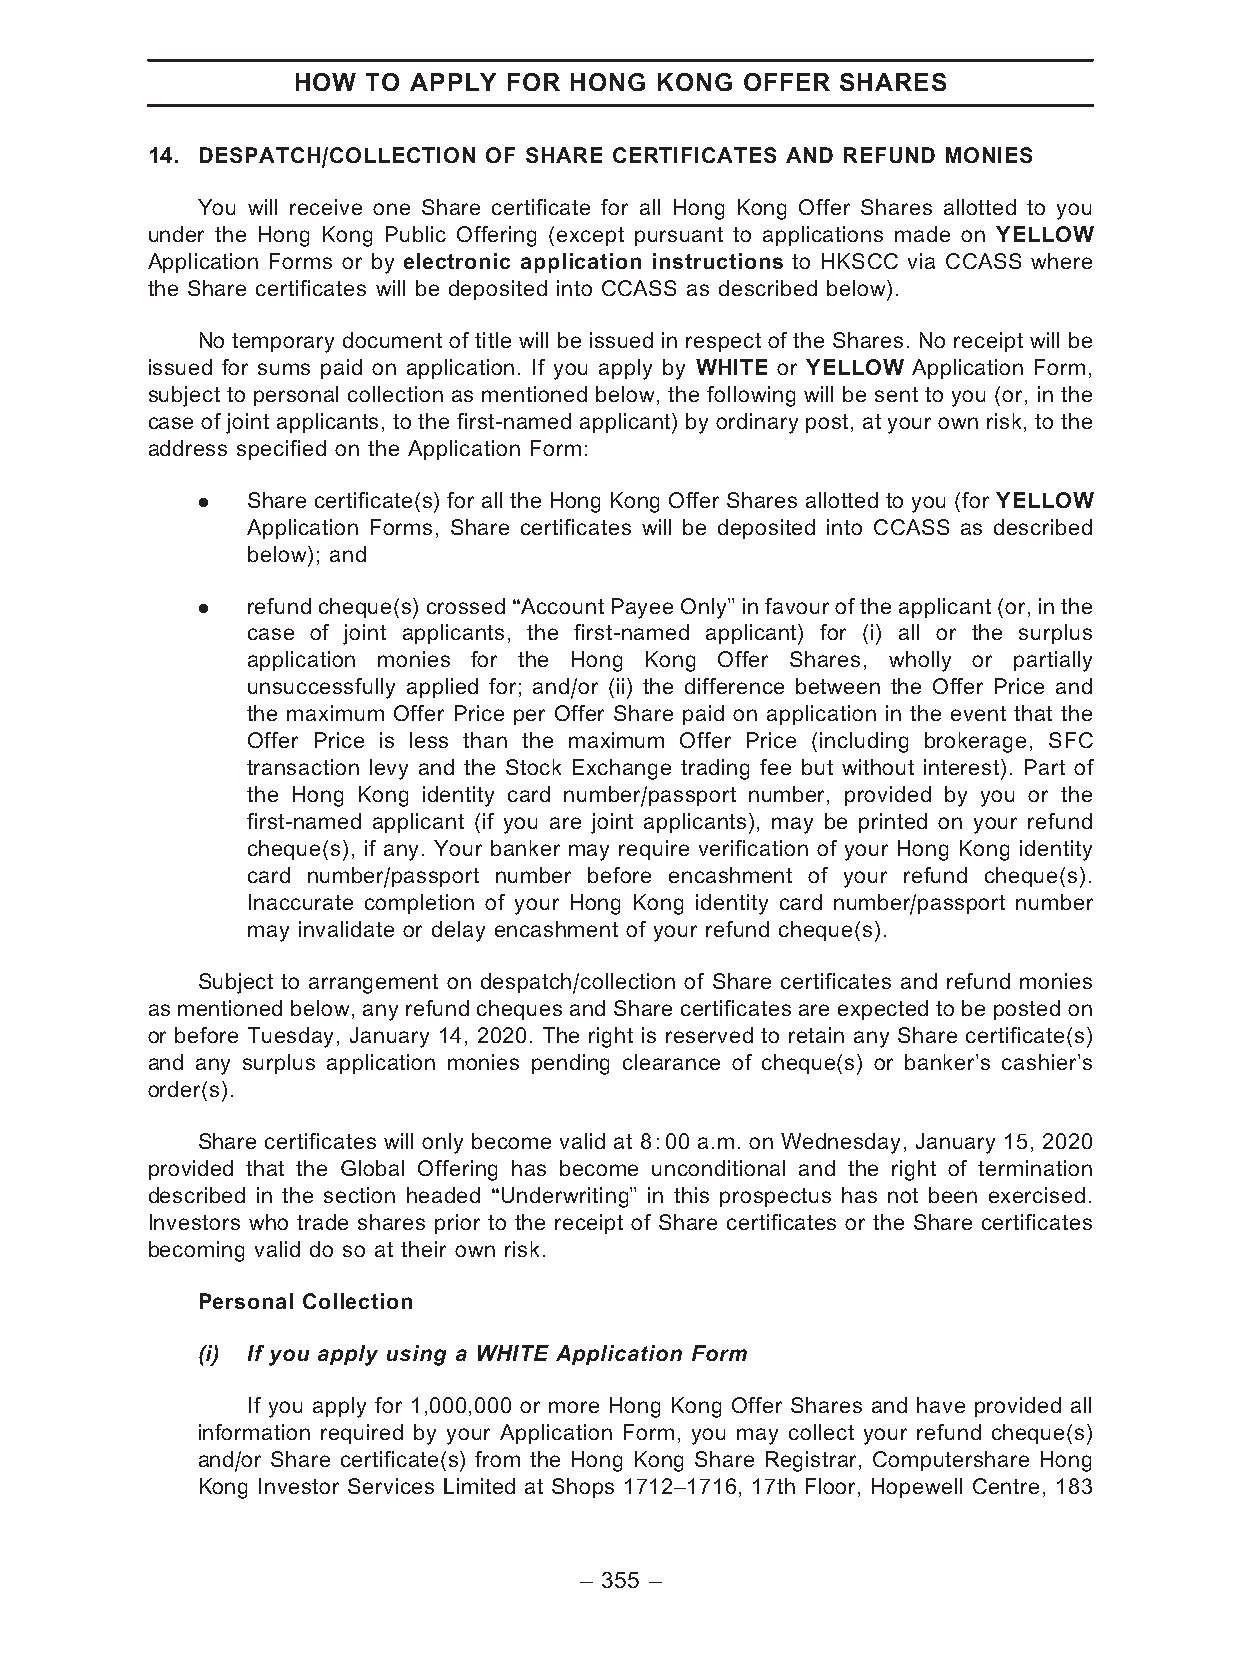
HOW  TO APPLY FOR  HONG KONG  OFFER  SHARES
 14. DESPATCH/COLLECTION OF SHARE CERTIFICATES AND REFUND MONIES
 You will receive one Share certificate for all Hong Kong Offer Shares allotted to you
 under the Hong Kong Public Offering (except pursuant to applications made on YELLOW
 Application Forms or by electronic application instructions to HKSCC via CCASS where
 the Share certificates will be deposited into CCASS as described below).
 No temporary document of title will be issued in respect of the Shares. No receipt will be
 issued for sums paid on application. If you apply by WHITE or YELLOW Application Form,
 subject to personal collection as mentioned below, the following will be sent to you (or, in the
 case of joint applicants, to the first-named applicant) by ordinary post, at your own risk, to the
 address specified on the Application Form:
 .  Share certificate(s) for all the Hong Kong Offer Shares allotted to you (for YELLOW
 Application Forms, Share certificates will be deposited into CCASS as described
 below); and
 .  refundcheque(s) crossed ‘‘Account Payee Only’’in favourof theapplicant (or, in the
 case of joint applicants, the first-named applicant) for (i) all or the surplus
 application monies for the Hong Kong Offer Shares, wholly or partially
 unsuccessfully applied for; and/or (ii) the difference between the Offer Price and
 the maximum Offer Price per Offer Share paid on application in the event that the
 Offer Price is less than the maximum Offer Price (including brokerage, SFC
 transaction levy and the Stock Exchange trading fee but without interest). Part of
 the Hong Kong identity card number/passport number, provided by you or the
 first-named applicant (if you are joint applicants), may be printed on your refund
 cheque(s), if any. Your banker may require verification of your Hong Kong identity
 card number/passport number before encashment of your refund cheque(s).
 Inaccurate completion of your Hong Kong identity card number/passport number
 may invalidate or delay encashment of your refund cheque(s).
 Subject to arrangement on despatch/collection of Share certificates and refund monies
 as mentioned below, any refund cheques and Share certificates are expected to be posted on
 or before Tuesday, January 14, 2020. The right is reserved to retain any Share certificate(s)
 and any surplus application monies pending clearance of cheque(s) or banker’s cashier’s
 order(s).
 Share certificates will only become valid at 8:00 a.m. on Wednesday, January 15, 2020
 provided that the Global Offering has become unconditional and the right of termination
 described in the section headed ‘‘Underwriting’’ in this prospectus has not been exercised.
 Investors who trade shares prior to the receipt of Share certificates or the Share certificates
 becoming valid do so at their own risk.
 Personal Collection
 (i) If you apply using a WHITE Application Form
 If you apply for 1,000,000 or more Hong Kong Offer Shares and have provided all
 information required by your Application Form, you may collect your refund cheque(s)
 and/or Share certificate(s) from the Hong Kong Share Registrar, Computershare Hong
 Kong Investor Services Limited at Shops 1712–1716, 17th Floor, Hopewell Centre, 183
 – 355 –